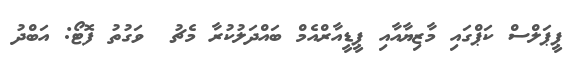
ޕީޕަލްސް ކަޕްގައި މާޒިޔާއާއި ޕީޑީއާރްއެމް ބައްދަލުކުރާ މެޗު  ވަގުތު ފޮޓޯ: އަބްދު